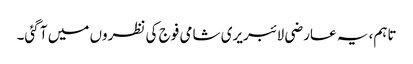
تاہم، یہ عارضی لائبریری شامی فوج کی نظروں میں آ گئی۔